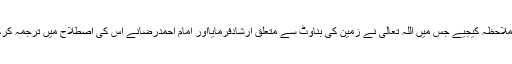
سورۃ النٰزعٰت کی مندرجہ ذیل آیت کا ترجمہ ملاحظہ کیجیے جس میں اللہ تعالیٰ نے زمین کی بناوٹ سے متعلق ارشادفرمایااور امام احمدرضانے اس کی اصطلاح میں ترجمہ کرکے قاری کو سمجھنے میں آسانی فرمائی ہے۔